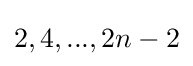
2,4,...,2n-2